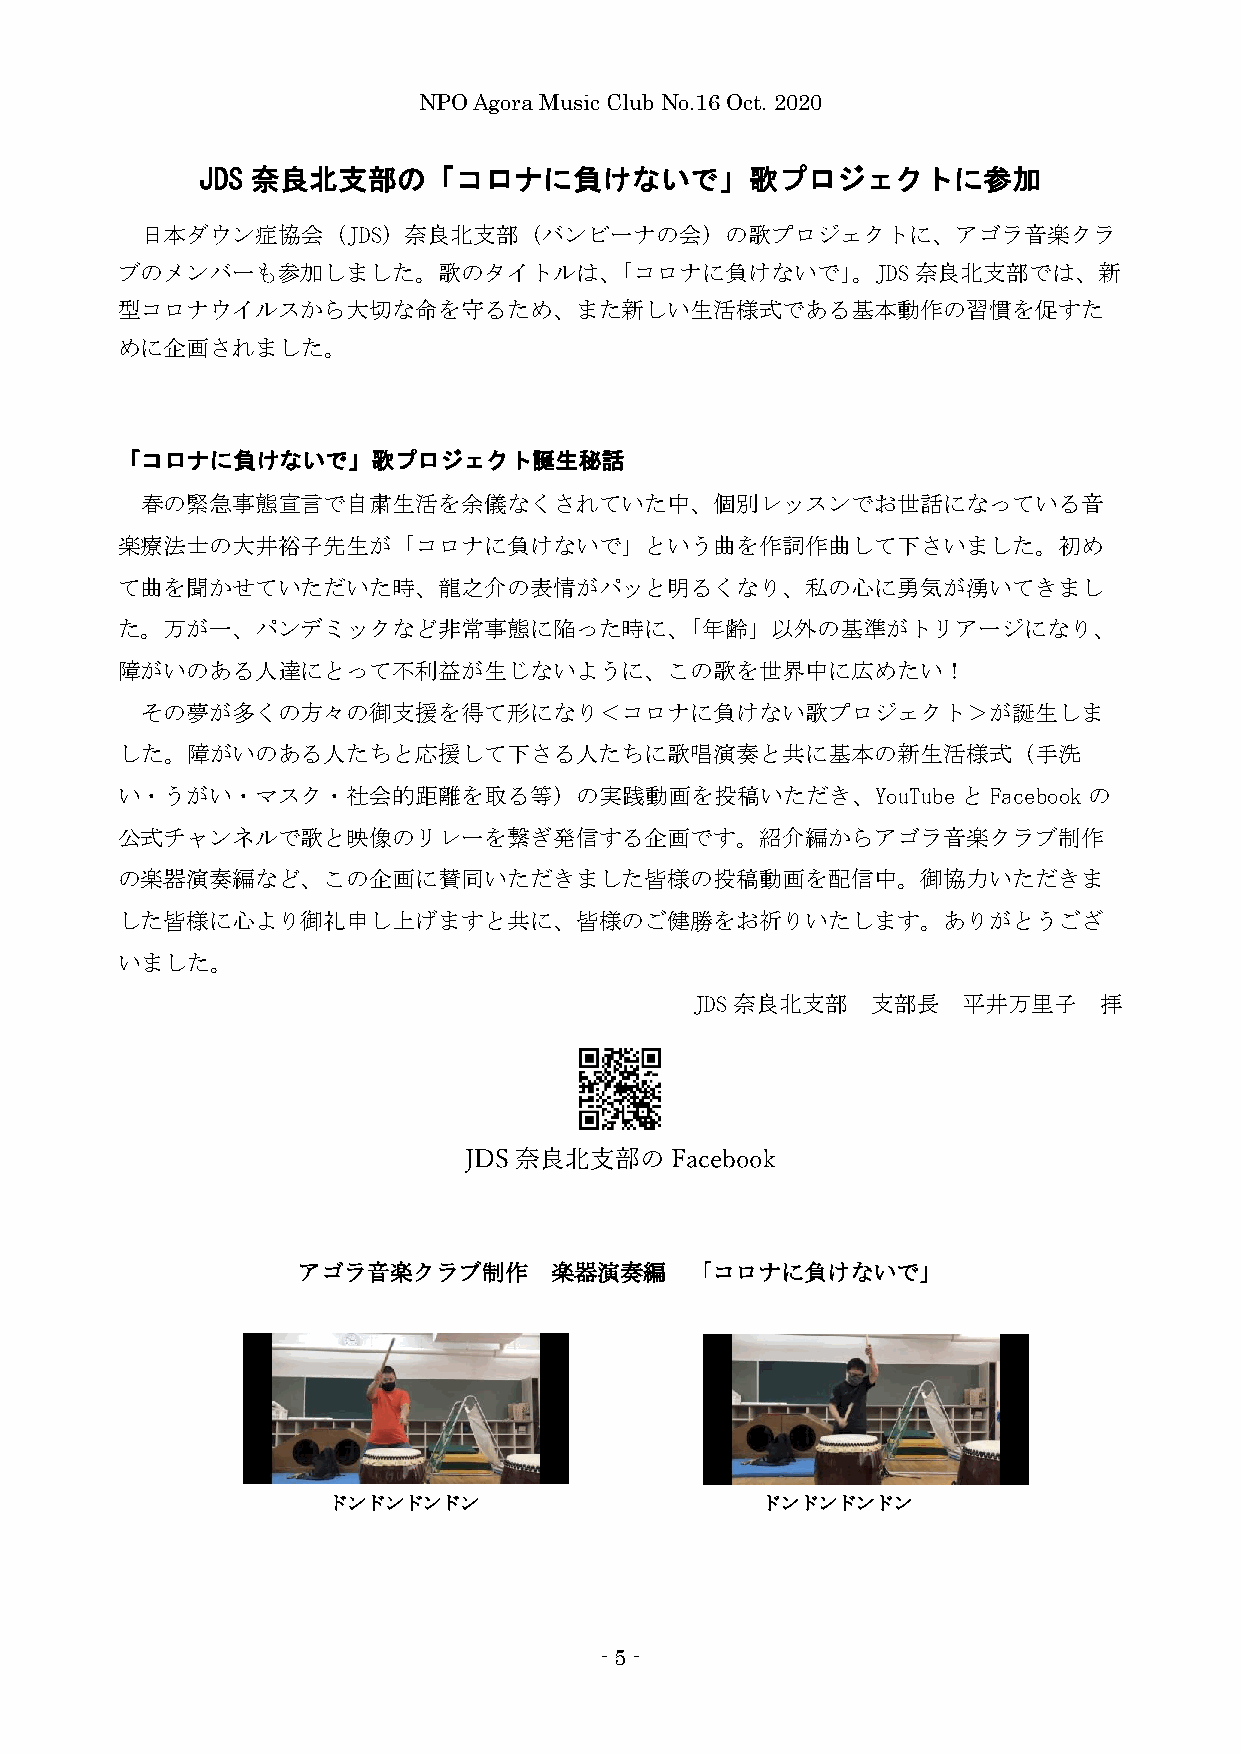
NPO Agora Music Club No.16 Oct. 2020
 JDS 奈良北支部の「コロナに負けないで」歌プロジェクトに参加
 日本ダウン症協会（JDS）奈良北支部（バンビーナの会）の歌プロジェクトに、アゴラ音楽クラ
 ブのメンバーも参加しました。歌のタイトルは、「コロナに負けないで」。JDS奈良北支部では、新
 型コロナウイルスから大切な命を守るため、また新しい生活様式である基本動作の習慣を促すた
 めに企画されました。
 「コロナに負けないで」歌プロジェクト誕生秘話
 春の緊急事態宣言で自粛生活を余儀なくされていた中、個別レッスンでお世話になっている音
 楽療法士の大井裕子先生が「コロナに負けないで」という曲を作詞作曲して下さいました。初め
 て曲を聞かせていただいた時、龍之介の表情がパッと明るくなり、私の心に勇気が湧いてきまし
 た。万が一、パンデミックなど非常事態に陥った時に、「年齢」以外の基準がトリアージになり、
 障がいのある人達にとって不利益が生じないように、この歌を世界中に広めたい！
 その夢が多くの方々の御支援を得て形になり＜コロナに負けない歌プロジェクト＞が誕生しま
 した。障がいのある人たちと応援して下さる人たちに歌唱演奏と共に基本の新生活様式（手洗
 い・うがい・マスク・社会的距離を取る等）の実践動画を投稿いただき、YouTubeとFacebookの
 公式チャンネルで歌と映像のリレーを繋ぎ発信する企画です。紹介編からアゴラ音楽クラブ制作
 の楽器演奏編など、この企画に賛同いただきました皆様の投稿動画を配信中。御協力いただきま
 した皆様に心より御礼申し上げますと共に、皆様のご健勝をお祈りいたします。ありがとうござ
 いました。
 JDS奈良北支部    支部長   平井万里子    拝
 JDS 奈良北支部の   Facebook
 アゴラ音楽クラブ制作      楽器演奏編     「コロナに負けないで」
 ドンドンドンドン                    ドンドンドンドン
 - 5 -